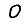
Digit: 0